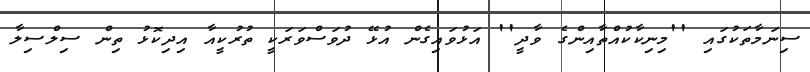
ސިނަމާތަކުގައި ''މިނިކާކުއްތާއިންގެ ވާދީ'' އަޅުވައިގެން އުޅޭ ދުވަސްވަރަކީ ތުރުކީއާ އިދިކޮޅު ތިން ސިލްސިލާ